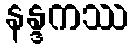
နန္ဒကဿ